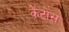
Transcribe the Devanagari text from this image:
कैंटोस